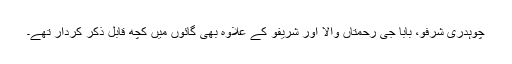
چوہدری شرفو، بابا جی رحمتاں والا اور شریفو کے علاوہ بھی گائوں میں کچھ قابلِ ذکر کردار تھے۔